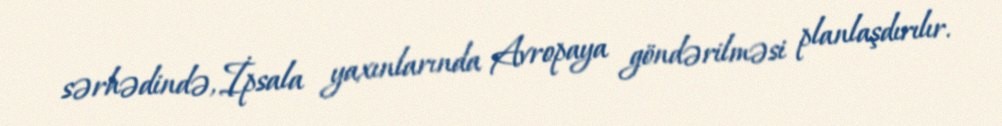
sərhədində, İpsala yaxınlarında Avropaya göndərilməsi planlaşdırılır.